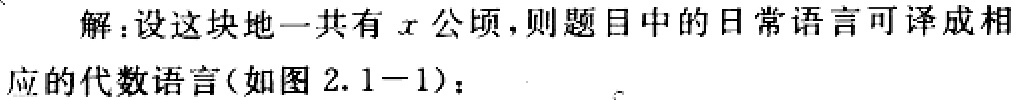
解：设这块地一共有\(x\)公顷，则题目中的日常语言可译成相应的代数语言(如图2.1 - 1)：